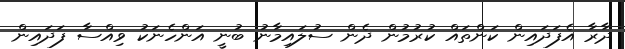
ދާރާ އެފަދައިން ކަންތައް ކުރުމުން ދެން ސުލައިމާނު ބުނީ އަންހެނަކު ވިއްސާ ފަދައިން